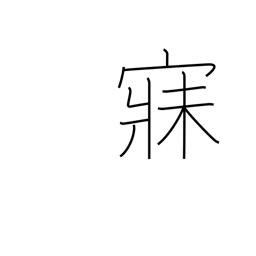
Meaning: sleep